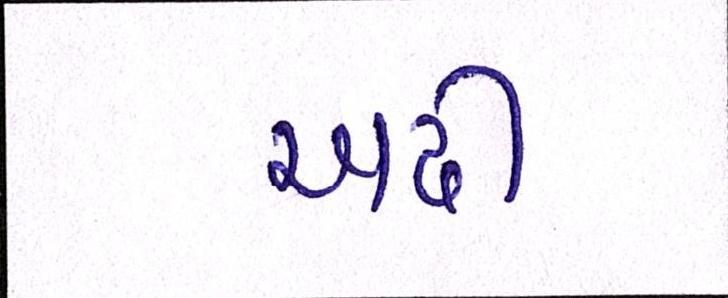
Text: અઢી